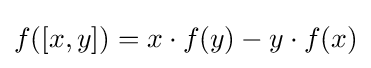
f([x,y])=x\cdot f(y)-y\cdot f(x)